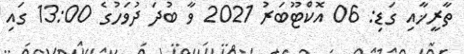
ތާރީޚާއި ގަޑި: 06 އޮކްޓޫބަރު 2021 ވާ ބުދަ ދުވަހުގެ 13:00 ގައި